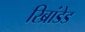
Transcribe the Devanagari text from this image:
रिब्रांडेड